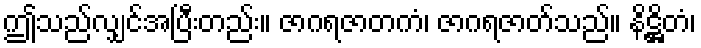
ဤသည်လျှင်အပြီးတည်း။ ဇာဂရဇာတကံ၊ ဇာဂရဇာတ်သည်။ နိဋ္ဌိတံ၊